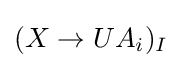
(X\to UA_{i})_{I}